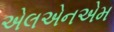
એલએનએમ